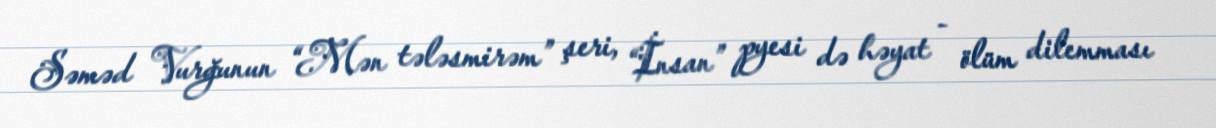
Səməd Vurğunun “Mən tələsmirəm” şeri, “İnsan” pyesi də həyat - ölüm dilemması